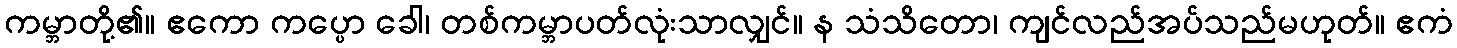
ကမ္ဘာတို့၏။ ဧကော ကပ္ပော ခေါ၊ တစ်ကမ္ဘာပတ်လုံးသာလျှင်။ န သံသိတော၊ ကျင်လည်အပ်သည်မဟုတ်။ ဧကံ